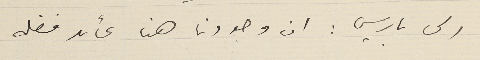
الى باريس : ان وجودنا هنا عائد فضله